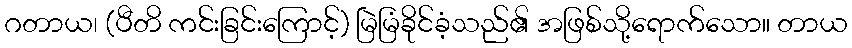
ဂတာယ၊ (ပီတိ ကင်းခြင်းကြောင့်) မြဲမြံခိုင်ခံ့သည်၏ အဖြစ်သို့ရောက်သော။ တာယ